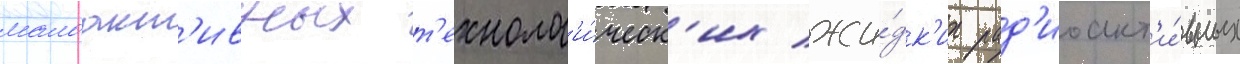
малоакт'ивных т'ехнолог'и́ческ'их жи́дк'их рад'иоакт'и́вных